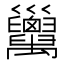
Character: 𢀏